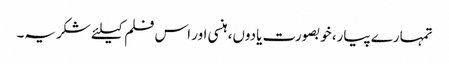
تمہارے پیار، خوبصورت یادوں، ہنسی اور اس فلم کیلئے شکریہ۔